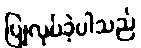
ပြုလုပ်ခဲ့ပါသည်